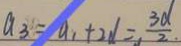
a _ { 3 } = a _ { 1 } + 2 d = \frac { 3 d } { 2 }